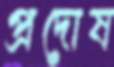
প্রদোষ